Vaccination in the Punjab 1883-1896 - 1883-1896
Year: 1883
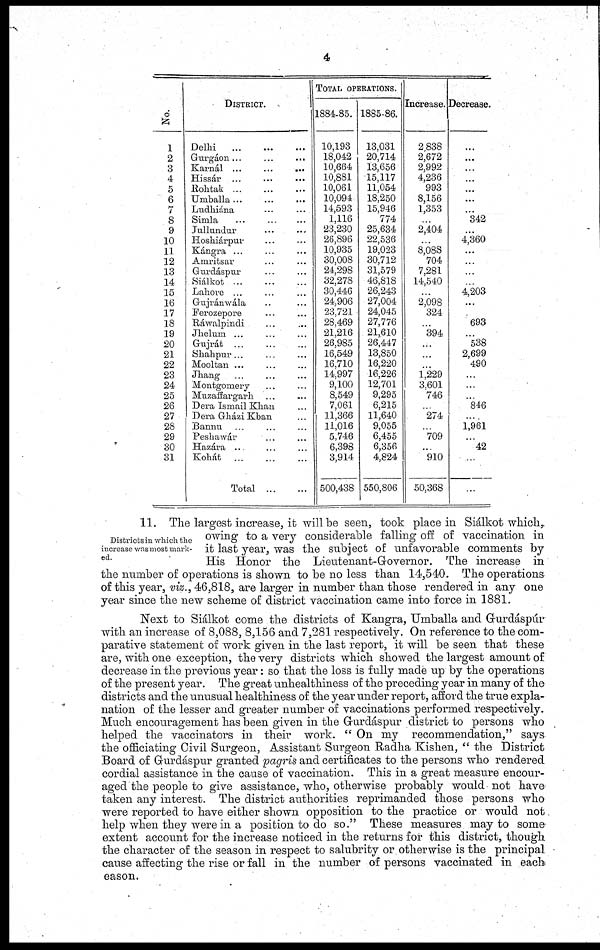
4
No.
1
2
3
4
5
6
7
8
9
10
11
12
13
14
15
16
17
18
19
20
21
22
23
24
25
26
27
28
29
30
31
DISTRICT.
Delhi
...
...
...
Gurgáon ... ... ...
Karnál
...
...
...
Hissár ... ... ...
Rohtak ... ... ...
Umballa ... ... ...
Ludhiána ... ... ...
Simla ... ... ...
Jullundur ... ... ...
Hoshiárpur ... ... ...
Kángra ... ... ...
Amritsar ... ... ...
Gurdáspur ... ... ...
Siálkot ... ... ...
Lahore ... ... ...
Gujránwála ... ... ...
Ferozepore ... ... ...
Ráwalpindi ... ... ...
Jhelum ... ... ...
Gujrát ... ... ...
Shahpur ... ... ...
Mooltan ... ... ...
Jhang ... ... ...
Montgomery ... ... ...
Muzaffargarh ... ... ...
Dera Ismail Khan ...
Dera Gházi Khan ...
Bannu ... ... ...
Peshawár ... ... ...
Hazára ... ... ...
Kohát ... ... ...
Total
...
TOTAL OPERATIONS.
1884-85.
10,193
18,042
10,664
10,881
10,061
10,094
14,593
1,116
23,230
26,896
10,935
30,008
24,298
32,278
30,446
24,906
23,721
28,469
21,216
26,985
16,549
16,710
14,997
9,100
8,549
7,061
11,366
11,016
5,746
6,398
3,914
500,438
1885-86.
13,031
20,714
13,656
15,117
11,054
18,250
15,946
774
25,634
22,536
19,023
30,712
31,579
46,818
26,243
27,004
24,045
27,776
21,610
26,447
13,850
16,220
16,226
12,701
9,295
6,215
11,640
9,055
6,455
6,356
4,824
550,806
Increase.
2,838
2,672
2,992
4,236
993
8,156
1,353
...
2,404
...
8,08S
704
7,281
14,540
...
2,098
324
...
394
...
...
...
1,229
3,601
746
...
274
...
709
...
910
50,368
Decrease.
...
...
...
...
...
...
342
...
4,360
...
...
...
...
4,203
...
...
693
...
538
2,699
490
...
...
...
846
...
1,961
...
42
...
...
Districts in which the
increase was most mark-
ed.
11. The largest increase, it will be seen, took place in Siálkot which,
owing to a very considerable falling off of vaccination in
it last year, was the subject of unfavorable comments by
His Honor the Lieutenant-Governor. The increase in
the number of operations is shown to be no less than 14,540. The operations
of this year, viz., 46,818, are larger in number than those rendered in any one
year since the new scheme of district vaccination came into force in 1881.
Next to Siálkot come the districts of Kangra, Umballa and Gurdáspúr
with an increase of 8,088, 8,156 and 7,281 respectively. On reference to the com-
parative statement of work given in the last report, it will be seen that these
are, with one exception, the very districts which showed the largest amount of
decrease in the previous year: so that the loss is fully made up by the operations
of the present year. The great unhealthiness of the preceding year in many of the
districts and the unusual healthiness of the year under report, afford the true expla-
nation of the lesser and greater number of vaccinations performed respectively.
Much encouragement has been given in the Gurdáspúr district to persons who
helped the vaccinators in their work. "On my recommendation," says
the officiating Civil Surgeon, Assistant Surgeon Radha Kishen, "the District
Board of Gurdáspur granted pagris and certificates to the persons who rendered
cordial assistance in the cause of vaccination. This in a great measure encour-
aged the people to give assistance, who, otherwise probably would not have
taken any interest. The district authorities reprimanded those persons who
were reported to have either shown opposition to the practice or would not
help when they were in a position to do so.'' These measures may to some
extent account for the increase noticed in the returns for this district, though
the character of the season in respect to salubrity or otherwise is the principal
cause affecting the rise or fall in the number of persons vaccinated in each
season.